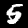
Label: 5